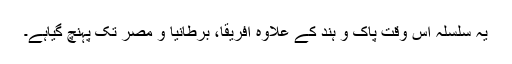
یہ سلسلہ اس وقت پاک و ہند کے علاوہ افریقا، برطانیا و مصر تک پہنچ گیاہے۔